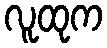
လူထုက